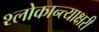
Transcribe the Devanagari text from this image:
श्लोकान्त्याक्षरी